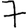
Digit: 7